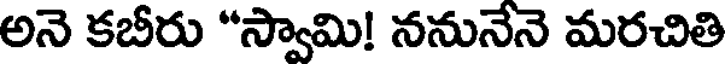
అనె కబీరు "స్వామి! ననునేనె మరచితి